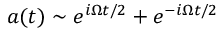
a ( t ) \sim e ^ { i \Omega t / 2 } + e ^ { - i \Omega t / 2 }